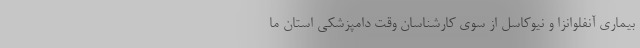
بیماری آنفلوانزا و نیوکاسل از سوی کارشناسان وقت دامپزشکی استان ما